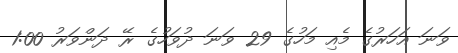
ވަނަ އަހަރުގެ މެއި މަހުގެ 29 ވަނަ ދުވަހުގެ ރޭ ދަންވަރު 1:00